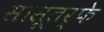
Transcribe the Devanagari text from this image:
सासूतर्फे